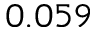
0 . 0 5 9